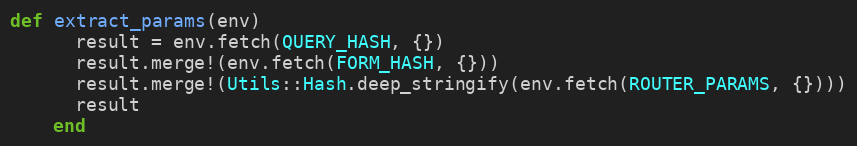
Language: Ruby
def extract_params(env)
      result = env.fetch(QUERY_HASH, {})
      result.merge!(env.fetch(FORM_HASH, {}))
      result.merge!(Utils::Hash.deep_stringify(env.fetch(ROUTER_PARAMS, {})))
      result
    end